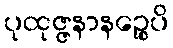
ပုထုဇ္ဇနာနဉ္စေပိ